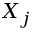
X _ { j }